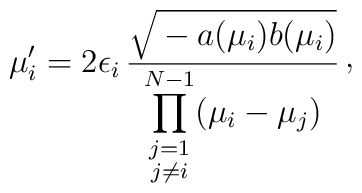
\mu_{i}' = 2 \epsilon_{i} \, {\sqrt{\mathstrut -a(\mu_{i}) b(\mu_{i})}\over\displaystyle\prod_{\scriptstyle j=1\atop \scriptstyle j\neq i}^{N-1} (\mu_{i}-\mu_{j})}\, \raise 2pt\hbox{,}